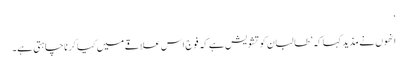
‘
انھوں نے مذید کہا کہ ’طالبان کو تشویش ہے کہ فوج اس علاقے میں کیا کر نا چاہتی ہے۔